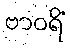
ဗာဝရိံ